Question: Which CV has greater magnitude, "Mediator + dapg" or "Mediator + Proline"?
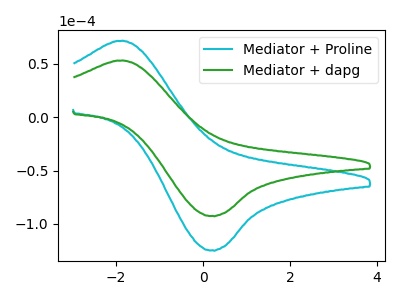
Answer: <think>The cyan curve "Mediator + Proline" has an anodic peak at (-1.95V, 71.40uA) and a cathodic peak at (0.20V, -124.65uA). The green curve "Mediator + dapg" has an anodic peak at (-1.95V, 53.00uA) and a cathodic peak at (0.20V, -92.50uA).
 All the peaks in "Mediator + dapg" have a peak in "Mediator + Proline" at the same potential. Every peak in "Mediator + dapg" is lower than every peak in "Mediator + Proline".</think>
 <answer>"Mediator + dapg" has less signal than "Mediator + Proline".</answer>
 <eval>less_signal</eval>